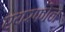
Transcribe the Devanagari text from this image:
एयरफोन